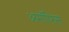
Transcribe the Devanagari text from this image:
अमॉफिस